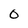
Character: 0